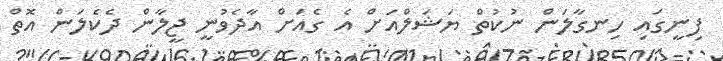
ފިނީގައި ހިނގާލަން ނުކުތް ޔަަޝަލްއަށް އެ ގެއަށް އާދެވުނީ ޖީލާން ދެކެލަން އޮތް